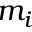
m _ { i }